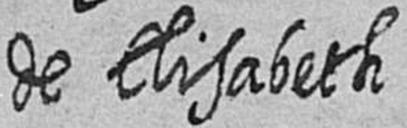
de Elisabeth